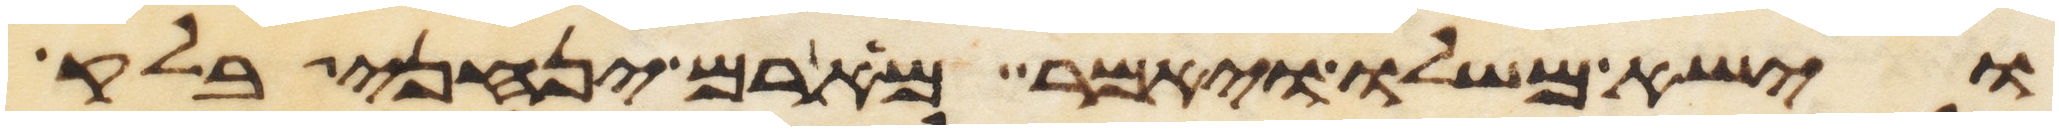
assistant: וישא משלו ויאמר מארם ינחני בלק